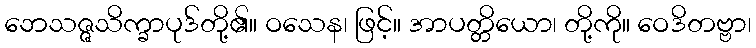
ဘေသဇ္ဇသိက္ခာပုဒ်တို့၏။ ဝသေန၊ ဖြင့်။ အာပတ္တိယော၊ တို့ကို။ ဝေဒိတဗ္ဗာ၊